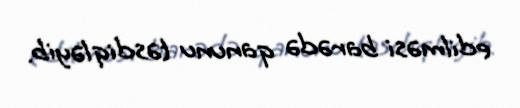
edilməsi barədə qanunu təsdiqləyib.